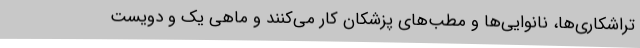
تراشکاری‌ها، نانوایی‌ها و مطب‌های پزشکان کار می‌کنند و ماهی یک و دویست